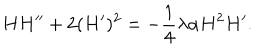
LaTeX: H H ^ { \prime \prime } + 2 ( H ^ { \prime } ) ^ { 2 } = - \frac { 1 } { 4 } \lambda \alpha H ^ { 2 } H ^ { \prime } .